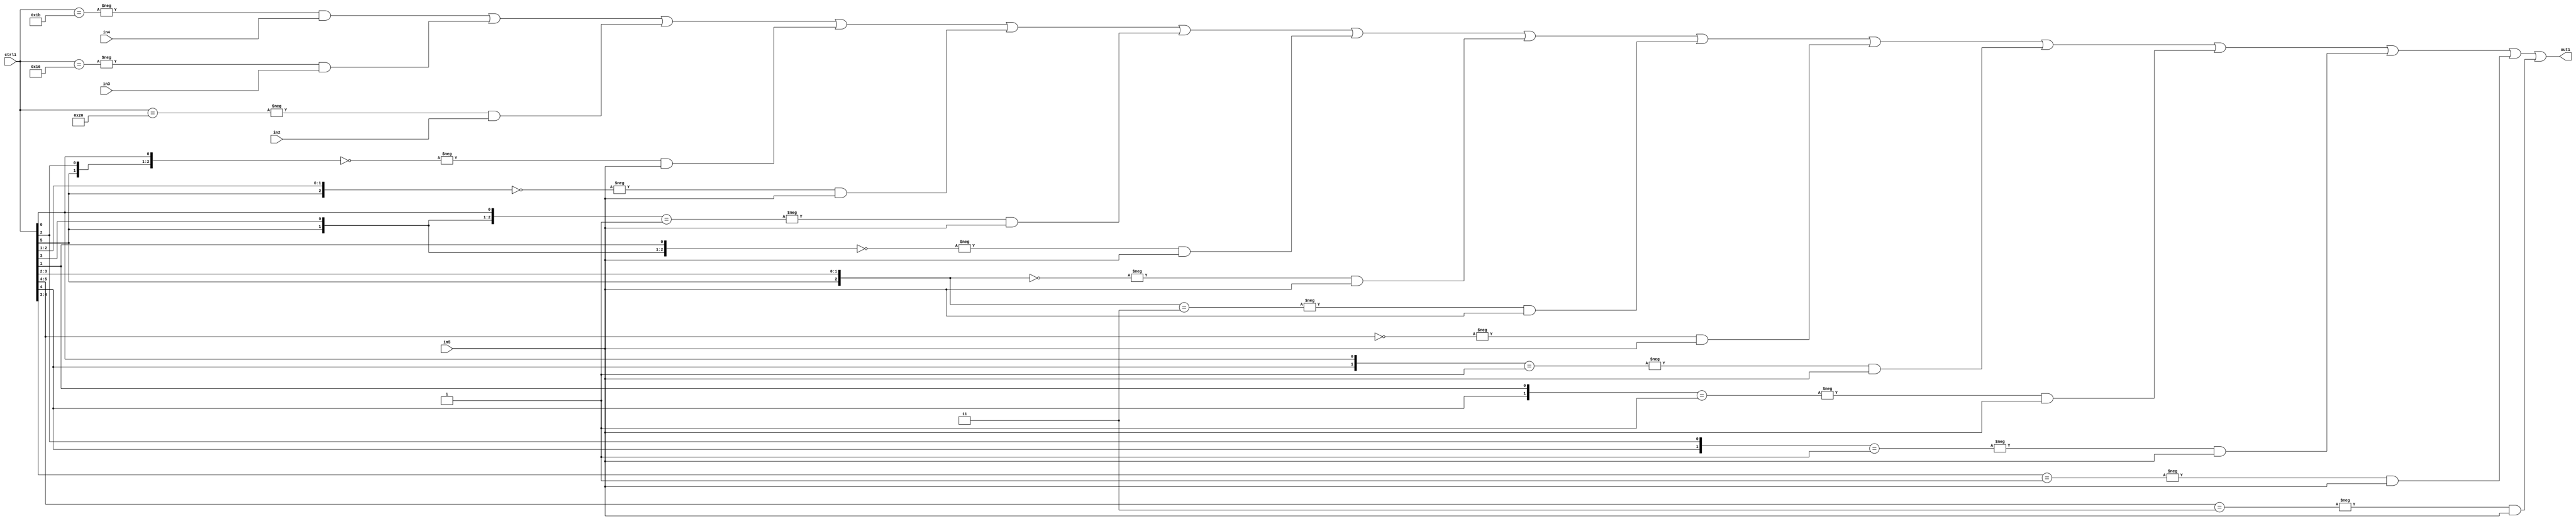
`timescale 1ps / 1ps
/*****************************************************************************
    Verilog RTL Description
    
    
    Created by: Stratus DpOpt 21.05.01 
*******************************************************************************/

module SobelFilter_N_Mux_32_4_61_4 (
	in5,
	in4,
	in3,
	in2,
	ctrl1,
	out1
	); /* architecture "behavioural" */ 
input [31:0] in5;
input [8:0] in4,
	in3,
	in2;
input [5:0] ctrl1;
output [31:0] out1;
wire [31:0] asc001;

assign asc001 = 
	-{ctrl1 == 6'B011011} & in4 |
	-{ctrl1 == 6'B010110} & in3 |
	-{ctrl1 == 6'B100000} & in2 |
	-{{ctrl1[5], ctrl1[2], ctrl1[0]} == 3'B000} & in5 |
	-{{ctrl1[5], ctrl1[2:1]} == 3'B000} & in5 |
	-{{ctrl1[5], ctrl1[3], ctrl1[0]} == 3'B001} & in5 |
	-{{ctrl1[5], ctrl1[3], ctrl1[1]} == 3'B000} & in5 |
	-{{ctrl1[5], ctrl1[3:2]} == 3'B000} & in5 |
	-{{ctrl1[5], ctrl1[3:2]} == 3'B011} & in5 |
	-{ctrl1[5:4] == 2'B00} & in5 |
	-{{ctrl1[4], ctrl1[0]} == 2'B01} & in5 |
	-{{ctrl1[4], ctrl1[1]} == 2'B01} & in5 |
	-{{ctrl1[4], ctrl1[2]} == 2'B01} & in5 |
	-{ctrl1[4:3] == 2'B01} & in5 |
	-{ctrl1[5:4] == 2'B11} & in5 ;

assign out1 = asc001;
endmodule

/* CADENCE  s7X1Sgk= : u9/ySxbfrwZIxEzHVQQV8Q== ** DO NOT EDIT THIS LINE ******/